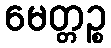
မေတ္တဉ္စ